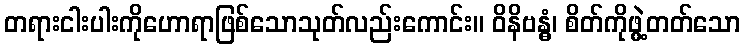
တရားငါးပါးကိုဟောရာဖြစ်သောသုတ်လည်းကောင်း။ ဝိနိဗန္ဓံ၊ စိတ်ကိုဖွဲ့တတ်သော